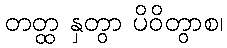
တတ္ထ နှတွာ ပိဝိတွာစ၊